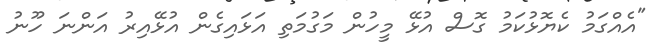
"އެއްގަމު ކެޔޮޅުކަމު ގޮސް އުޅޭ މީހުން މަގުމަތި އަޅައިގެން އުޅޭއިރު އަންނަ ހޫނު